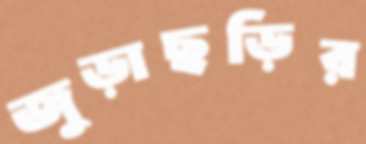
জুড়াছড়ির